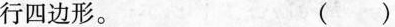
行四边形。 ( )